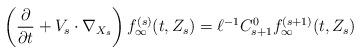
LaTeX: \begin{align*}\left(\frac{\partial}{\partial t} + V_s\cdot \nabla_{X_s}\right)f_\infty^{(s)} (t,Z_s) = \ell^{-1} C_{s+1}^0 f_\infty^{(s+1)} (t,Z_s)\end{align*}